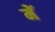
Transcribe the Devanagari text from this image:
मेेें